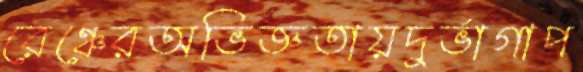
রেঞ্চেরঅভিজ্ঞতায়দুর্ভাগাপ